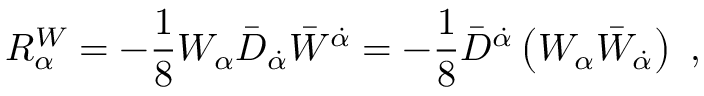
R _ { \alpha } ^ { W } = - \frac { 1 } { 8 } W _ { \alpha } { \bar { D } } _ { \dot { \alpha } } { \bar { W } } ^ { \dot { \alpha } } = - \frac { 1 } { 8 } { \bar { D } } ^ { \dot { \alpha } } \left( W _ { \alpha } { \bar { W } } _ { \dot { \alpha } } \right) \ ,